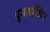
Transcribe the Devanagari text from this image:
पुनर्लाक्षित